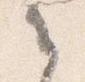
之